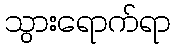
သွားရောက်ရာ